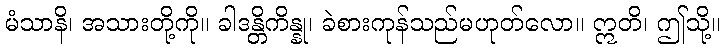
မံသာနိ၊ အသားတို့ကို။ ခါဒန္တိကိန္နု၊ ခဲစားကုန်သည်မဟုတ်လော။ ဣတိ၊ ဤသို့။